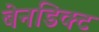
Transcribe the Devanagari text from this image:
बेनडिक्ट